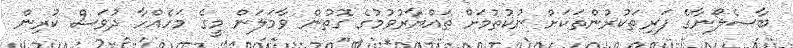
ބާސެލޯނާގެ ފަރިތަކުރުންތަކަށް ނުކުތުމަށް ތައްޔާރުވުމުގެ ގޮތުން ވާމަލަން މީގެ މަހެއްހާ ދުވަސް ކުރިން